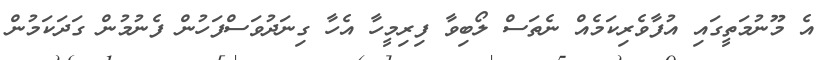
އެ މޫނުމަތީގައި އުފާވެރިކަމެއް ނެތަސް ލޯބިވާ ފިރިމީހާ އެހާ ގިނަދުވަސްފަހުން ފެނުމުން ގަދަކަމުން